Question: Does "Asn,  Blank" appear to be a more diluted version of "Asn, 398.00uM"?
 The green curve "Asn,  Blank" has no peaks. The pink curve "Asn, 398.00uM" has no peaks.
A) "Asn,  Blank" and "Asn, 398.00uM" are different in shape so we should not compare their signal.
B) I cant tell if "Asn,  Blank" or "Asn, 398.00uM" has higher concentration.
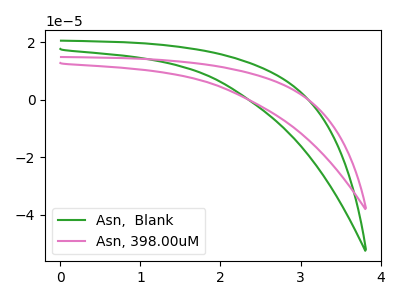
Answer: <think>Neither "Asn,  Blank" or "Asn, 398.00uM" have any peaks.
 </think>
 <answer>B) I cant tell if "Asn,  Blank" or "Asn, 398.00uM" has higher concentration.</answer>
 <eval>B</eval>